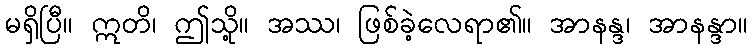
မရှိပြီ။ ဣတိ၊ ဤသို့။ အဿ၊ ဖြစ်ခဲ့လေရာ၏။ အာနန္ဒ၊ အာနန္ဒာ။